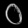
Digit: ၀